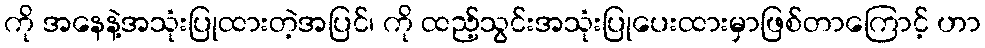
ကို အနေနဲ့အသုံးပြုထားတဲ့အပြင်၊ ကို ထည့်သွင်းအသုံးပြုပေးထားမှာဖြစ်တာကြောင့် ဟာ